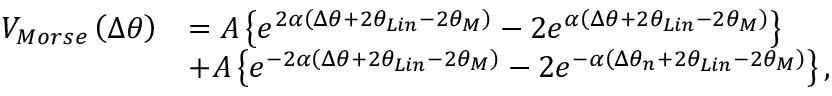
\begin{array} { r l } { { { V } _ { M o r s e } } \left( \Delta { { \theta } } \right) } & { = A \left\{ { { e } ^ { 2 \alpha \left( \Delta { { \theta } } + 2 { { \theta } _ { L i n } } - 2 \theta _ { M } \right) } } - 2 { { e } ^ { \alpha \left( \Delta { { \theta } } + 2 { { \theta } _ { L i n } } - 2 \theta _ { M } \right) } } \right\} } \\ & { + A \left\{ { { e } ^ { - 2 \alpha \left( \Delta { { \theta } } + 2 { { \theta } _ { L i n } } - 2 \theta _ { M } \right) } } - 2 { { e } ^ { - \alpha \left( \Delta { { \theta } _ { n } } + 2 { { \theta } _ { L i n } } - 2 \theta _ { M } \right) } } \right\} , } \end{array}